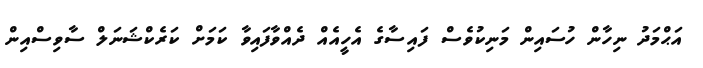
އަޙްމަދު ނިހާން ހުސައިން މަނިކުވެސް ފައިސާގެ އެހީއެއް ދެއްވާފައިވާ ކަމަށް ކަރެކްޝަނަލް ސާވިސްއިން